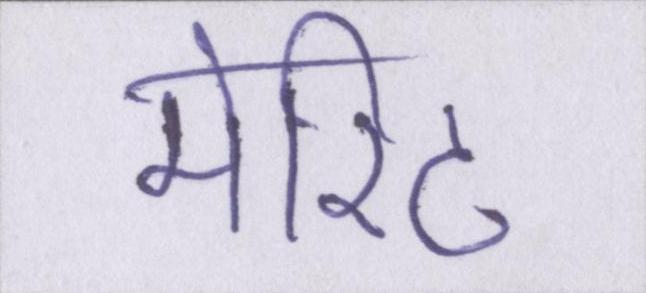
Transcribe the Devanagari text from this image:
मेरिट